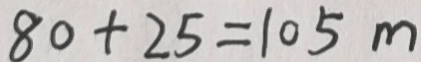
8 0 + 2 5 = 1 0 5 m